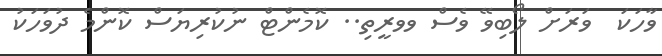
ވާހަކަ  ވަރަށް ލޯބިވޭ ވެސް ވވރީތި.. ކޮމެންޓް ނުކުރިޔަސް ކޮންމެ ދުވަހަކު